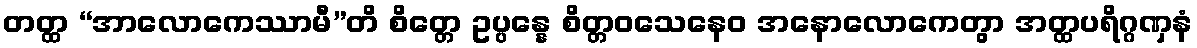
တတ္ထ “အာလောကေဿာမီ”တိ စိတ္တေ ဥပ္ပန္နေ စိတ္တဝသေနေဝ အနောလောကေတွာ အတ္ထပရိဂ္ဂဏှနံ